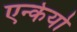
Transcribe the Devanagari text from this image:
एन्केयो